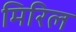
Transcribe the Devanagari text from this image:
मिरिल